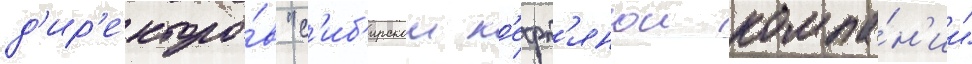
д'ир'екторо́в "с'иб'ирскои н'ефт'янои компа́н'ии"